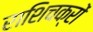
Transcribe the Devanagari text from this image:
राशिचक्रों